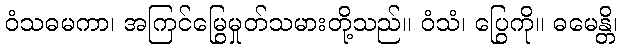
ဝံသဓမကာ၊ အကြင်မြွေမှုတ်သမားတို့သည်။ ဝံသံ၊ ပြွေကို။ ဓမေန္တိ၊